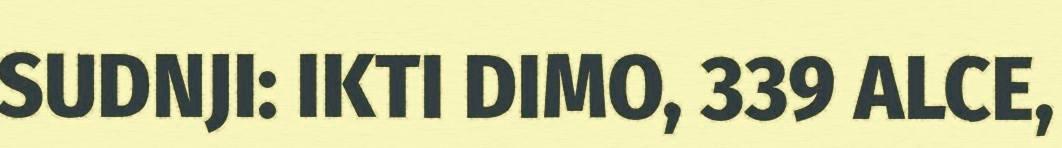
SUDNJI: IKTI DIMO, 339 ALCE,